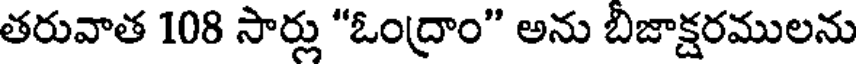
తరువాత 108 సార్లు "ఓంద్రాం" అను బిజాక్షరములను